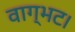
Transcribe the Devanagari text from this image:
वाग्भट।